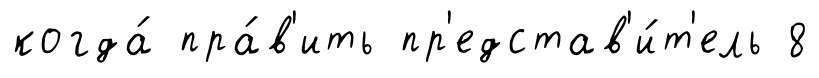
когда́ пра́в'ить пр'едстав'и́т'ель 8